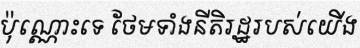
ប៉ុណ្ណោះទេ ថែមទាំងនីតិរដ្ឋរបស់យើង